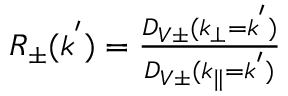
\begin{array} { r } { R _ { \pm } ( k ^ { ' } ) = \frac { D _ { V \pm } ( k _ { \perp } = k ^ { ' } ) } { D _ { V \pm } ( k _ { \parallel } = k ^ { ' } ) } } \end{array}